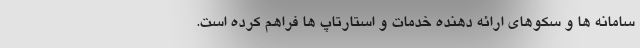
سامانه ها و سکوهای ارائه دهنده خدمات و استارتاپ ها فراهم کرده است.